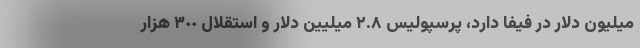
میلیون دلار در فیفا دارد، پرسپولیس ٢.٨ میلیین دلار و استقلال ٣٠٠ هزار